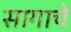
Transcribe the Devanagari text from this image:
सागाचे